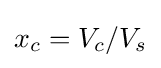
x_{c}=V_{c}/V_{s}